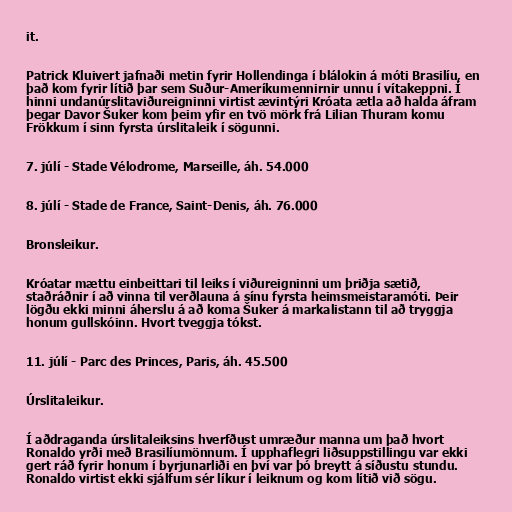
it.

Patrick Kluivert jafnaði metin fyrir Hollendinga í blálokin á móti Brasilíu, en
það kom fyrir lítið þar sem Suður-Ameríkumennirnir unnu í vítakeppni. Í
hinni undanúrslitaviðureigninni virtist ævintýri Króata ætla að halda áfram
þegar Davor Šuker kom þeim yfir en tvö mörk frá Lilian Thuram komu
Frökkum í sinn fyrsta úrslitaleik í sögunni.

7. júlí - Stade Vélodrome, Marseille, áh. 54.000

8. júlí - Stade de France, Saint-Denis, áh. 76.000

Bronsleikur.

Króatar mættu einbeittari til leiks í viðureigninni um þriðja sætið,
staðráðnir í að vinna til verðlauna á sínu fyrsta heimsmeistaramóti. Þeir
lögðu ekki minni áherslu á að koma Šuker á markalistann til að tryggja
honum gullskóinn. Hvort tveggja tókst.

11. júlí - Parc des Princes, Paris, áh. 45.500

Úrslitaleikur.

Í aðdraganda úrslitaleiksins hverfðust umræður manna um það hvort
Ronaldo yrði með Brasilíumönnum. Í upphaflegri liðsuppstillingu var ekki
gert ráð fyrir honum í byrjunarliði en því var þó breytt á síðustu stundu.
Ronaldo virtist ekki sjálfum sér líkur í leiknum og kom lítið við sögu.